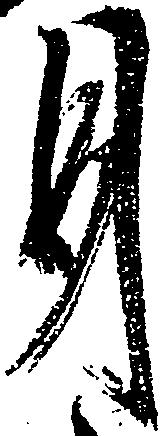
月